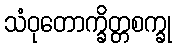
သံဝုတောက္ခိတ္တစက္ခု